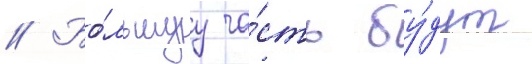
// Бо́льшуу ча́сть бу́дут